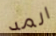
المد